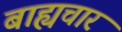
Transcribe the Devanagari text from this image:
बाह्यचार